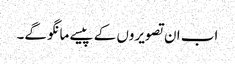
اب ان تصویروں کے پیسے مانگو گے۔